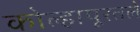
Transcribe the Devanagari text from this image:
कोल्हापूरतले